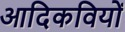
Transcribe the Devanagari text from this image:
आदिकवियों